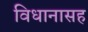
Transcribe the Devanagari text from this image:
विधानासह